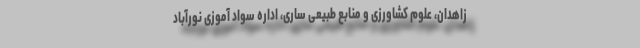
زاهدان، علوم کشاورزی و منابع طبیعی ساری، اداره سواد آموزی نورآباد